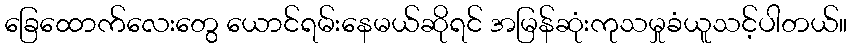
ခြေထောက်လေးတွေ ယောင်ရမ်းနေမယ်ဆိုရင် အမြန်ဆုံးကုသမှုခံယူသင့်ပါတယ်။